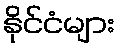
နိုင်ငံများ